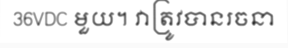
36VDC មួយ។ វាត្រូវបានរចនា